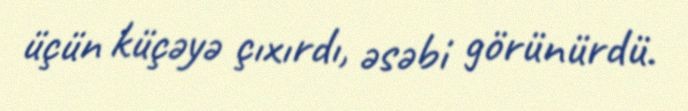
üçün küçəyə çıxırdı, əsəbi görünürdü.